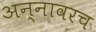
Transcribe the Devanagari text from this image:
अन्नावरच